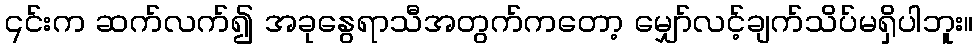
၎င်းက ဆက်လက်၍ အခုနွေရာသီအတွက်ကတော့ မျှော်လင့်ချက်သိပ်မရှိပါဘူး။